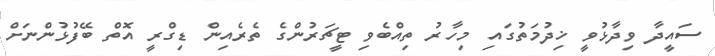
ސައީދާ ވިދާޅުވީ ޚިދުމަތުގައި މިހާރު ތިއްބެވި ޓީޗަރުންގެ ތެރެއިން ޑިގްރީ އޮތް ބޭފުޅުންނަށް